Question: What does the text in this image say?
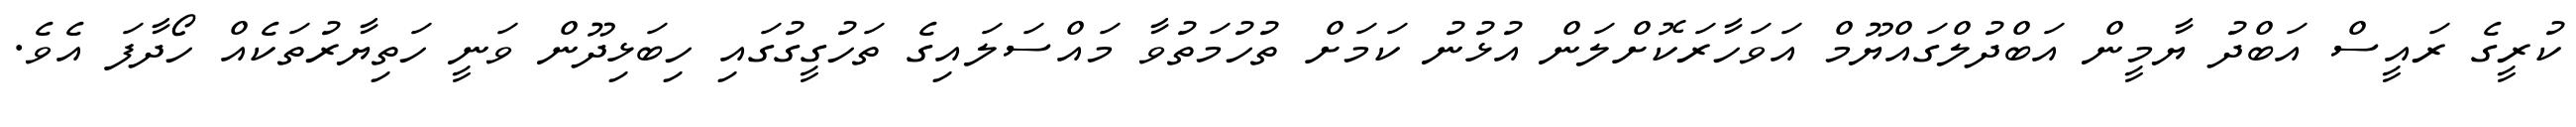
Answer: ކުރީގެ ރައީސް އަބްދު ޔާމީން އަބްދުލްގައްޔޫމް އަވަހާރަކޮށްލަން އުޅުނު ކަމަށް ތުހުމަތުވާ މައްސަލައިގެ ތަހުގީގުގައި ހިބަޅިދޫން ވަނީ ހަތިޔާރުތަކެއް ހޯދާފަ އެވެ.